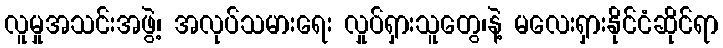
လူမှုအသင်းအဖွဲ့၊ အလုပ်သမားရေး လှုပ်ရှားသူတွေ၊နဲ့ မလေးရှားနိုင်ငံဆိုင်ရာ